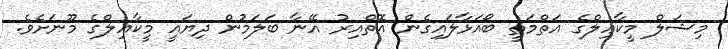
މިޝަލް މީކާޢިލްގެ އަތްމަތީ ބޯއަޅާލައިގެން އޮތްއިރު އޭނާ ބަލަމުން ދިޔައީ މީކާޢިލްގެ މޫނަށެވެ.